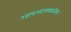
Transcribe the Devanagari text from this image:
आपआपसातील